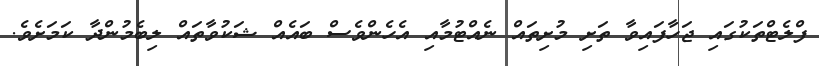
ފްލެޓްތަކުގައި ޖަހާފައިވާ ތަށި މުށިތައް ނެއްޓުމާއި އެހެންވެސް ބައެއް ޝަކުވާތައް ލިބެމުންދާ ކަމަށެވެ.